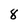
Character: 8